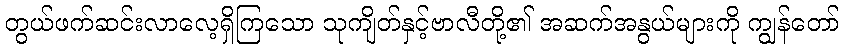
တွယ်ဖက်ဆင်းလာလေ့ရှိကြသော သုကျိတ်နှင့်ဗာလီတို့၏ အဆက်အနွယ်များကို ကျွန်တော်